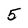
Character: 5